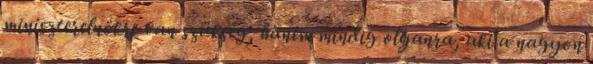
miniszter­elnökre van szükség, hanem mindig olyanra, aki a nagyon